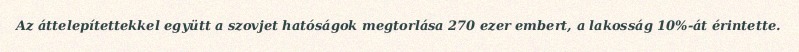
Az áttelepítettekkel együtt a szovjet hatóságok megtorlása 270 ezer embert, a lakosság 10%-át érintette.